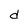
Character: d